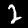
Digit: 2